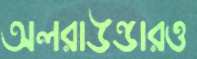
অলরাউন্ডারও